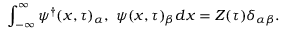
\int _ { - \infty } ^ { \infty } { \psi ^ { \dag } } ( x , \tau ) _ { \alpha } , \ \psi ( x , \tau ) _ { \beta } d x = Z ( \tau ) \delta _ { \alpha \beta } .